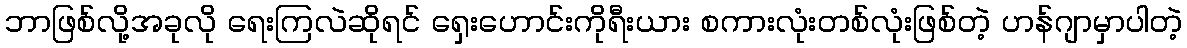
ဘာဖြစ်လို့အခုလို ရေးကြလဲဆိုရင် ရှေးဟောင်းကိုရီးယား စကားလုံးတစ်လုံးဖြစ်တဲ့ ဟန်ဂျာမှာပါတဲ့